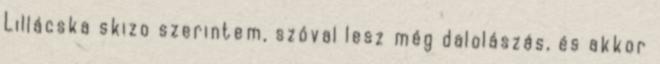
Lillácska skizo szerintem, szóval lesz még dalolászás, és akkor